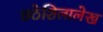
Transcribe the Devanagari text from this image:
छठेशिलालेख